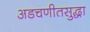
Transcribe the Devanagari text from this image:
अडचणीतसुद्धा